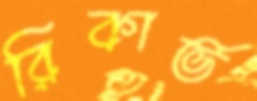
রিকার্ভ